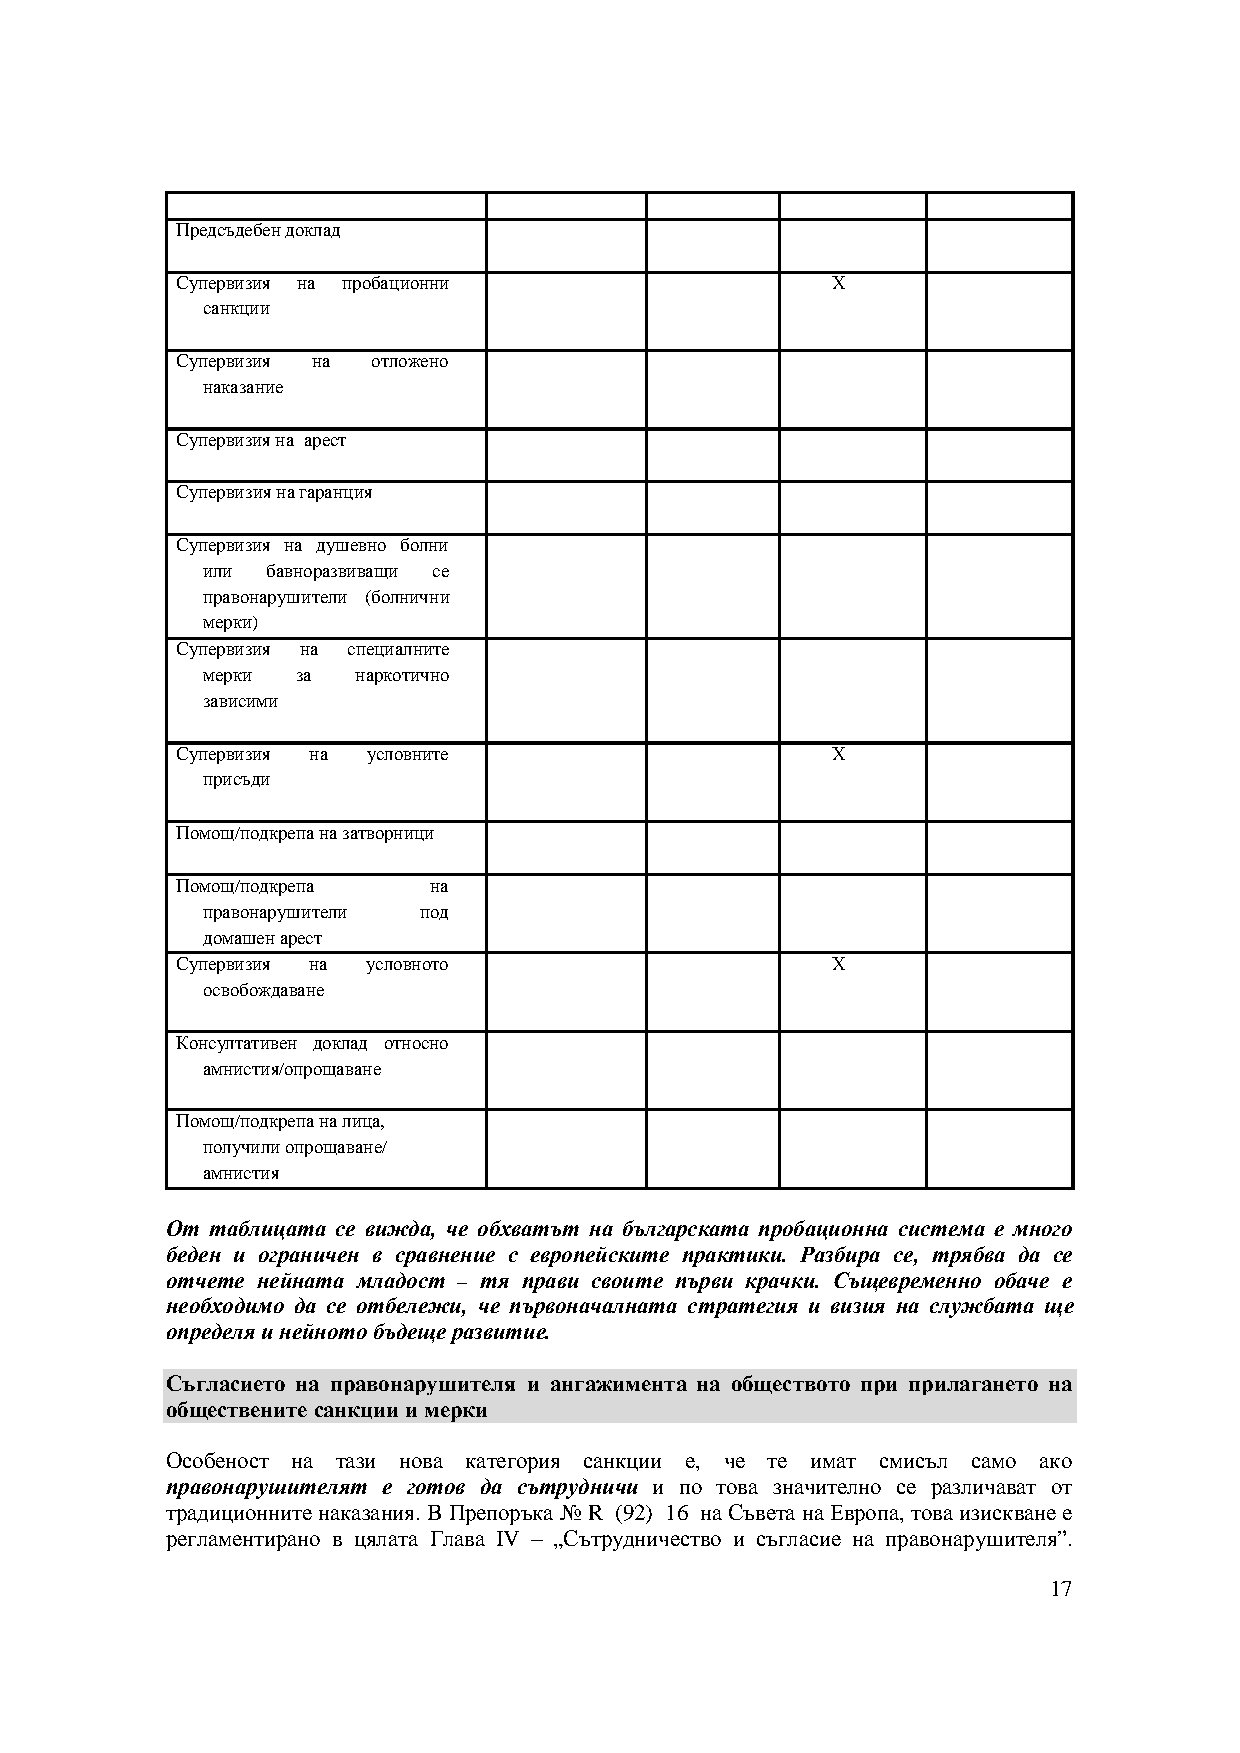
Предсъдебен доклад
 Супервизия на пробационни                  Х
 санкции
 Супервизия на отложено
 наказание
 Супервизия наарест
 Супервизия нагаранция
 Супервизия на душевно болни
 или  бавноразвиващи се
 правонарушители (болнични
 мерки)
 Супервизия на специалните
 мерки  за  наркотично
 зависими
 Супервизия на условните                    Х
 присъди
 Помощ/подкрепа на затворници
 Помощ/подкрепа  на
 правонарушители под
 домашен арест
 Супервизия на условното                    Х
 освобождаване
 Консултативен докладотносно
 амнистия/опрощаване
 Помощ/подкрепа на лица,
 получили опрощаване/
 амнистия
 Оттаблицата се вижда, че обхватът на българската пробационна система е много
 беден и ограничен в сравнение с европейските практики. Разбира се, трябва да се
 отчетенейнатамладост – тя прави своите първи крачки. Същевременно обаче е
 необходимо да се отбележи, че първоначалната стратегия и визия на службата ще
 определя и нейното бъдеще развитие.
 Съгласието на правонарушителя и ангажимента на обществото при прилагането на
 обществените санкции и мерки
 Особеност на тази нова категория санкции е, че те имат смисъл само ако
 правонарушителят е готов да сътрудничи и по това значително се различават от
 традиционните наказания. В Препоръка №R (92) 16 на Съвета на Европа, това изискване е
 регламентирано вцялатаГлава IV – „Сътрудничество и съгласие на правонарушителя”.
 17